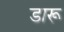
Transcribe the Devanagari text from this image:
डारू